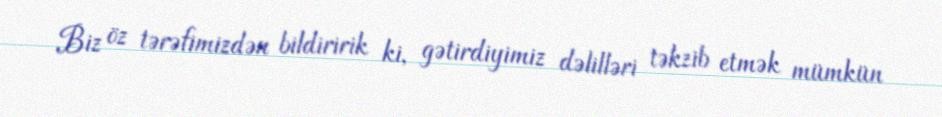
Biz öz tərəfimizdən bildiririk ki, gətirdiyimiz dəlilləri təkzib etmək mümkün